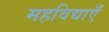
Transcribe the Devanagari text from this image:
महविद्याएँ